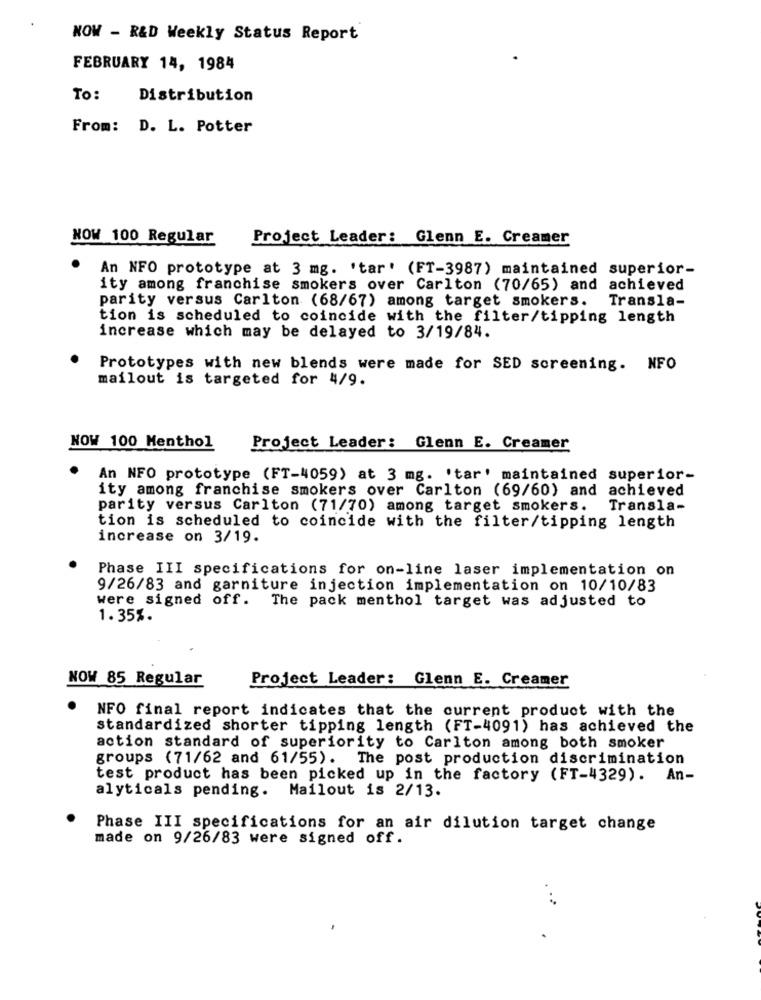
NOW - R&D Weekly Status Report
FEBRUARY 14, 1984
To:
Distribution
From: D. L. Potter
NOW 100 Regular
Project Leader: Glenn E. Creamer
An NFO prototype at 3 mg. 'tar' (FT-3987) maintained superior-
ity among franchise smokers over Carlton (70/65) and achieved
parity versus Carlton (68/67) among target smokers.
Transla-
tion is scheduled to coincide with the filter/tipping length
increase which may be delayed to 3/19/84.
Prototypes with new blends were made for SED screening. NFO
mailout is targeted for 4/9.
NOW 100 Menthol
Project Leader: Glenn E. Creamer
An NFO prototype (FT-4059) at 3 mg. 'tar' maintained superior-
ity among franchise smokers over Carlton (69/60) and achieved
parity versus Carlton (71/70) among target smokers.
Transla-
tion is scheduled to coincide with the filter/tipping length
increase on 3/19.
Phase III specifications for on-line laser implementation on
9/26/83 and garniture injection implementation on 10/10/83
were signed off.
The pack menthol target was adjusted to
1.35%.
NOW 85 Regular
Project Leader: Glenn E. Creamer
NFO final report indicates that the current product with the
standardized shorter tipping length (FT-4091) has achieved the
action standard of superiority to Carlton among both smoker
groups (71/62 and 61/55). The post production discrimination
test product has been picked up in the factory (FT-4329). An-
alyticals pending. Mailout is 2/13.
Phase III specifications for an air dilution target change
made on 9/26/83 were signed off.